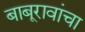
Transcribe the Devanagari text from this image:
बाबूरावांचा